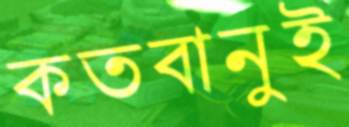
কতবানুই